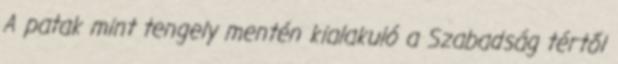
A patak mint tengely mentén kialakuló a Szabadság tértől